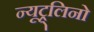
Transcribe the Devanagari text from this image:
न्यूट्र्लिनो